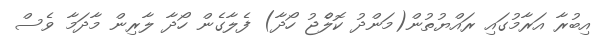
އިބުރާ އަރާމުގައި ރައްޔުތުން(މަންދު ކޮލެްޖު ހޯދާ) ފެލާގެން ހޯދާ ލާރިން މާދަމާ ވެސް